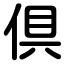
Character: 倶